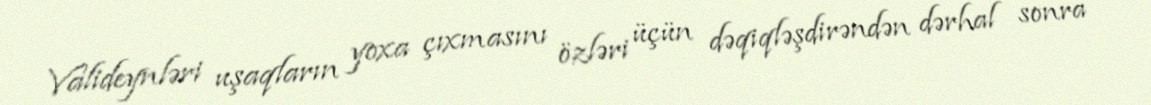
Valideynləri uşaqların yoxa çıxmasını özləri üçün dəqiqləşdirəndən dərhal sonra